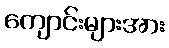
ကျောင်းများအား